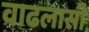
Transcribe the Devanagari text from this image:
वाढलासी